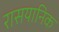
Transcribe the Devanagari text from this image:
रासयानिक